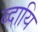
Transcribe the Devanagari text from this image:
ब्दायि